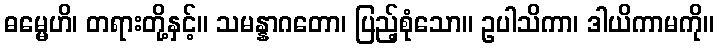
ဓမ္မေဟိ၊ တရားတို့နှင့်။ သမန္နာဂတော၊ ပြည့်စုံသော။ ဥပါသိကာ၊ ဒါယိကာမကို။